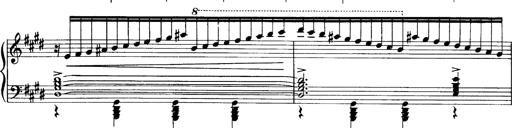
Title: OuvertÃ¼re zu TannhÃ¤user
Composer: Franz Liszt